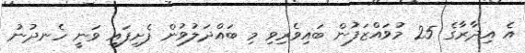
އެ އިދާރާގެ 25 މުވައްޒަފުން ބައިވެރިވި މި ބައްދަލުވުން ފެށިފައި ވަނީ ހެނދުނު